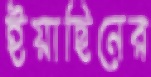
ইয়াছিনের